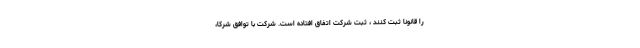
را قانونا ثبت کنند ، ثبت شرکت اتفاق افتاده است. شرکت با توافق شرکا،